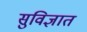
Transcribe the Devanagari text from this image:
सुविज्ञात